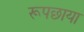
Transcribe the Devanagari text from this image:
रूपछाया